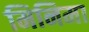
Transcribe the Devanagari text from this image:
मिनिमा